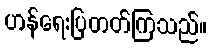
ဟန်ရေးပြတတ်ကြသည်။